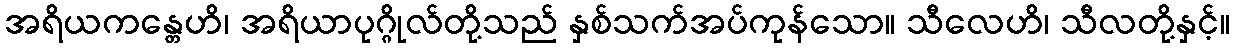
အရိယကန္တေဟိ၊ အရိယာပုဂ္ဂိုလ်တို့သည် နှစ်သက်အပ်ကုန်သော။ သီလေဟိ၊ သီလတို့နှင့်။